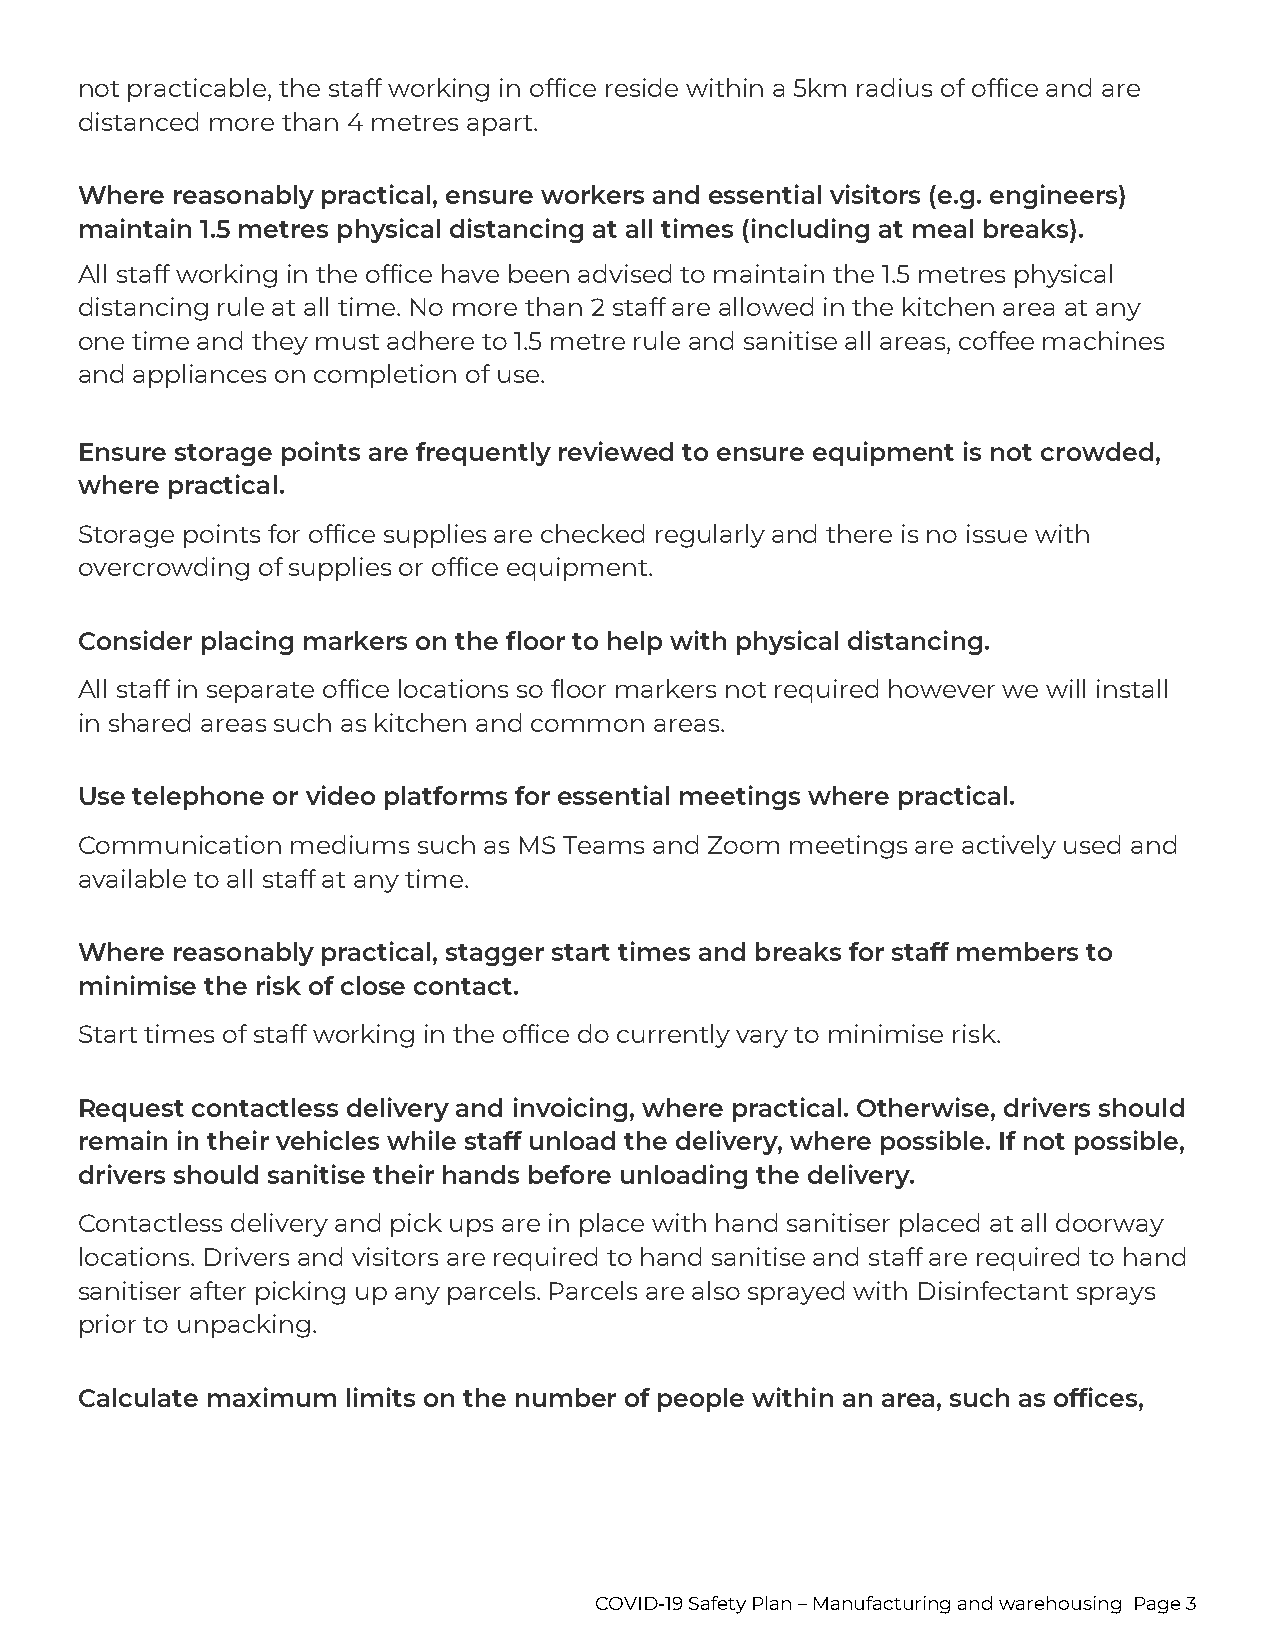
not practicable, the staff working in office reside within a 5km radius of office and are
 distanced more than 4 metres apart.
 Where reasonably practical, ensure workers and essential visitors (e.g. engineers)
 maintain 1.5 metres physical distancing at all times (including at meal breaks).
 All staff working in the office have been advised to maintain the 1.5 metres physical
 distancing rule at all time. No more than 2 staff are allowed in the kitchen area at any
 one time and they must adhere to 1.5 metre rule and sanitise all areas, coffee machines
 and appliances on completion of use.
 Ensure storage points are frequently reviewed to ensure equipment is not crowded,
 where practical.
 Storage points for office supplies are checked regularly and there is no issue with
 overcrowding of supplies or office equipment.
 Consider placing markers on the floor to help with physical distancing.
 All staff in separate office locations so floor markers not required however we will install
 in shared areas such as kitchen and common areas.
 Use telephone or video platforms for essential meetings where practical.
 Communication mediums  such as MS Teams and Zoom meetings are actively used and
 available to all staff at any time.
 Where reasonably practical, stagger start times and breaks for staff members to
 minimise the risk of close contact.
 Start times of staff working in the office do currently vary to minimise risk.
 Request contactless delivery and invoicing, where practical. Otherwise, drivers should
 remain in their vehicles while staff unload the delivery, where possible. If not possible,
 drivers should sanitise their hands before unloading the delivery.
 Contactless delivery and pick ups are in place with hand sanitiser placed at all doorway
 locations. Drivers and visitors are required to hand sanitise and staff are required to hand
 sanitiser after picking up any parcels. Parcels are also sprayed with Disinfectant sprays
 prior to unpacking.
 Calculate maximum limits on the number of people within an area, such as offices,
 COVID-19 Safety Plan – Manufacturing and warehousing Page 3